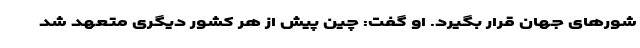
شور‌های جهان قرار بگیرد. او گفت: چین پیش از هر کشور دیگری متعهد شد